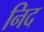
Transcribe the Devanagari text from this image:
निद